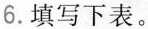
6.填写下表。